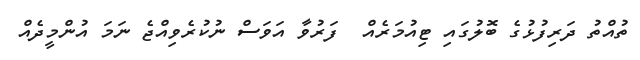
ތުއްތު ދަރިފުޅުގެ ބޮލުގައި ޓިއުމަރެއް  ފަރުވާ އަވަސް ނުކުރެވިއްޖެ ނަމަ އުންމީދެއް